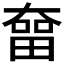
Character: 𡙲